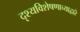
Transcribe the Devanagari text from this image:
दृश्यविशेषणाच्याद्वारे